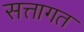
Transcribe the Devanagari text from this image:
सत्तागत